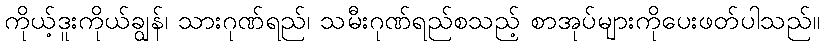
ကိုယ့်ဒူးကိုယ်ချွန်၊ သားဂုဏ်ရည်၊ သမီးဂုဏ်ရည်စသည့် စာအုပ်များကိုပေးဖတ်ပါသည်။